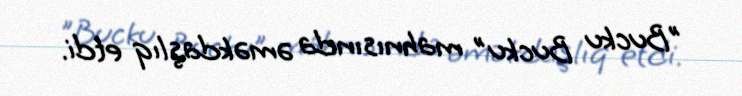
"Bucku Bucku" mahnısında əməkdaşlıq etdi.